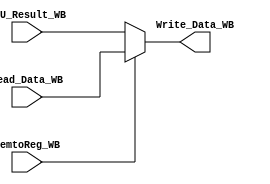
// Choses which one of ALU_Result_WB and Read_Data_WB need to be writen back to register
// selection signe MemtoReg_WB is from ID_Control

module WB_MemtoReg_Mux(
		       input [31:0]  ALU_Result_WB,
		       input [31:0]  Read_Data_WB,
		       input 	     MemtoReg_WB,
		       output [31:0] Write_Data_WB
		       );

   assign Write_Data_WB = MemtoReg_WB ? Read_Data_WB : ALU_Result_WB;

endmodule // WB_MemtoReg_Mux